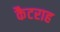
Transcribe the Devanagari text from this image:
कैटराह